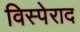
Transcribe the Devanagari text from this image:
विस्पेराद